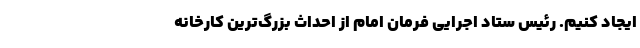
ایجاد کنیم. رئیس ستاد اجرایی فرمان امام از احداث بزرگ‌ترین کارخانه